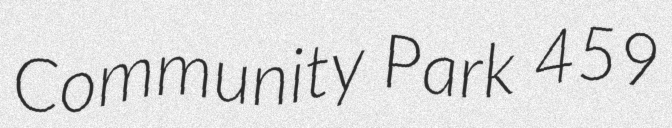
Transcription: Community Park 459